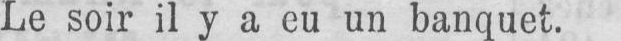
Le soir il y a eu un banquet.